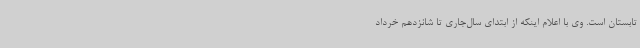
تابستان است. وی با اعلام اینکه از ابتدای سال‌جاری تا شانزدهم خرداد